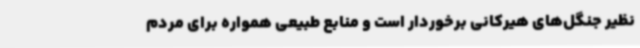
نظیر جنگل‌های هیرکانی برخوردار است و منابع طبیعی همواره برای مردم